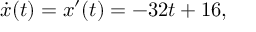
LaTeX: { \dot { x } } ( t ) = x ^ { \prime } ( t ) = - 3 2 t + 1 6 , \,